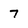
Character: 7